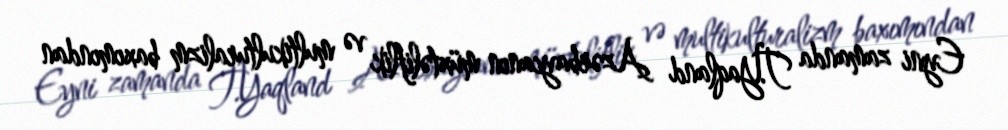
Eyni zamanda T.Yaqland Azərbaycanın müxtəliflik və multikulturalizm baxımından